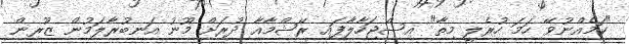
"ކަމެއްނުވޭ ހަމަ ހުރެލީ މިތާ" އިސްޖަހާލާފައި ރޭޝްމާއާ ދުރަށް މޫނު އަނބުރާލަމުން ޒޫރިން